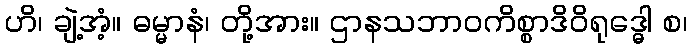
ဟိ၊ ချဲ့အံ့။ ဓမ္မာနံ၊ တို့အား။ ဌာနသဘာဝကိစ္စာဒိဝိရုဒ္ဓေါ စ၊